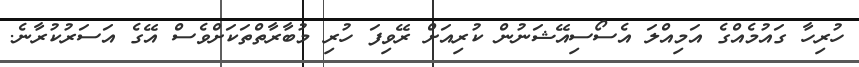
ހުރިހާ ގައުމެއްގެ އަމިއްލަ އެސޯސިއޭޝަނުން ކުރިއަށް ރޭވިފަ ހުރި މުބާރާތްތަކަށްވެސް އޭގެ އަސަރުކުރާނެ.